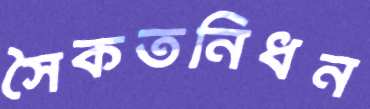
সৈকতনিধন